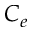
C _ { e }